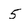
Character: 5